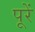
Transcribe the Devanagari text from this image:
पूरें